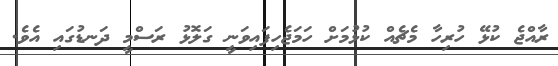
ރާއްޖެ ކުޅޭ ހުރިހާ މެޗެއް ކުޅުމަށް ހަމަޖެހިފައިވަނީ ގަލޮޅު ރަސްމީ ދަނޑުގައި އެވެ.